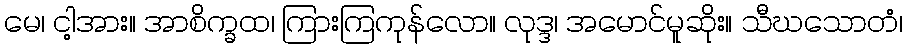
မေ၊ ငါ့အား။ အာစိက္ခထ၊ ကြားကြကုန်လော။ လုဒ္ဒ၊ အမောင်မူဆိုး။ သီဃသောတံ၊